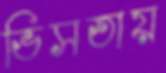
ভিসতায়